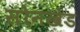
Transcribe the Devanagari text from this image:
सोनखेड